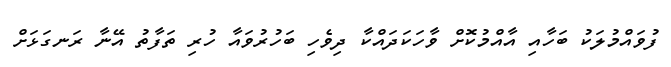
ފުވައްމުލަކު ބަހާއި އާއްމުކޮށް ވާހަކަދައްކާ ދިވެހި ބަހުރުވައާ ހުރި ތަފާތު އޭނާ ރަނގަޅަށް